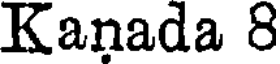
Kanada 8